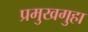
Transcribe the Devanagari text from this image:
प्रमुखगुहा